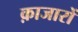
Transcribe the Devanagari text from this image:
क़ाजारों